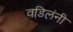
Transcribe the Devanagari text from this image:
वडिलंनी